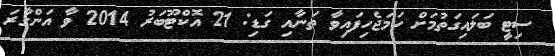
ސިޓީ ބަލައިގަތުމަށް ހަމަޖެހިފައިވާ ތަނާއި ގަޑި: 21 އޮކްޓޫބަރު 2014 ވާ އަންގާރަ